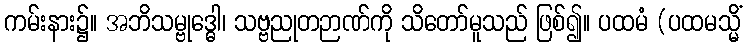
ကမ်းနား၌။ အဘိသမ္ဗုဒ္ဓေါ၊ သဗ္ဗညုတဉာဏ်ကို သိတော်မူသည် ဖြစ်၍။ ပထမံ (ပထမသ္မိံ